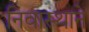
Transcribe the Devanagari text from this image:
निवास्थाने